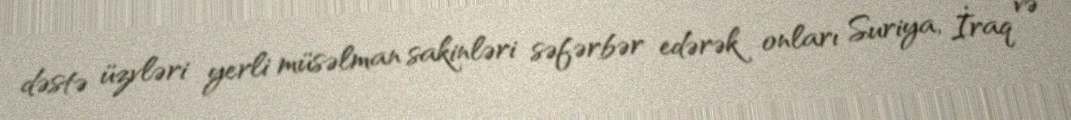
dəstə üzvləri yerli müsəlman sakinləri səfərbər edərək onları Suriya, İraq və